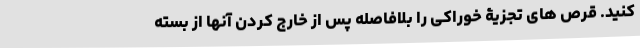
کنید. قرص های تجزیۀ خوراکی را بلافاصله پس از خارج کردن آنها از بسته